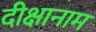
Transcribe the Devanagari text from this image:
दीक्षानाम